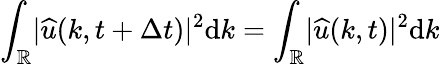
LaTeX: \int_{\mathbb{R}}\lvert\widehat{u}(k,t+\Delta t)\rvert^{2}\mathrm{d}k=\int_{\mathbb{R}}\lvert\widehat{u}(k,t)\rvert^{2}\mathrm{d}k